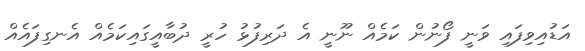
އަޑުއިވިފައި ވަނީ ފޯނުން ކަމެއް ނޫނީ އެ ދަރިފުޅު ހުރީ ދުބާއީގައިކަމެއް އެނގިފައެއް